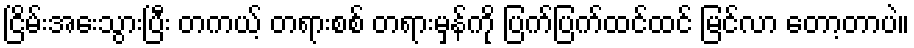
ငြိမ်းအေးသွားပြီး တကယ့် တရားစစ် တရားမှန်ကို ပြက်ပြက်ထင်ထင် မြင်လာ တော့တာပဲ။